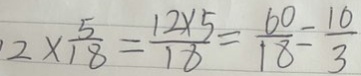
1 2 \times \frac { 5 } { 1 8 } = \frac { 1 2 \times 5 } { 1 8 } = \frac { 6 0 } { 1 8 } = \frac { 1 0 } { 3 }